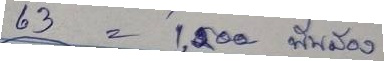
63 = 1,200  พันสอง